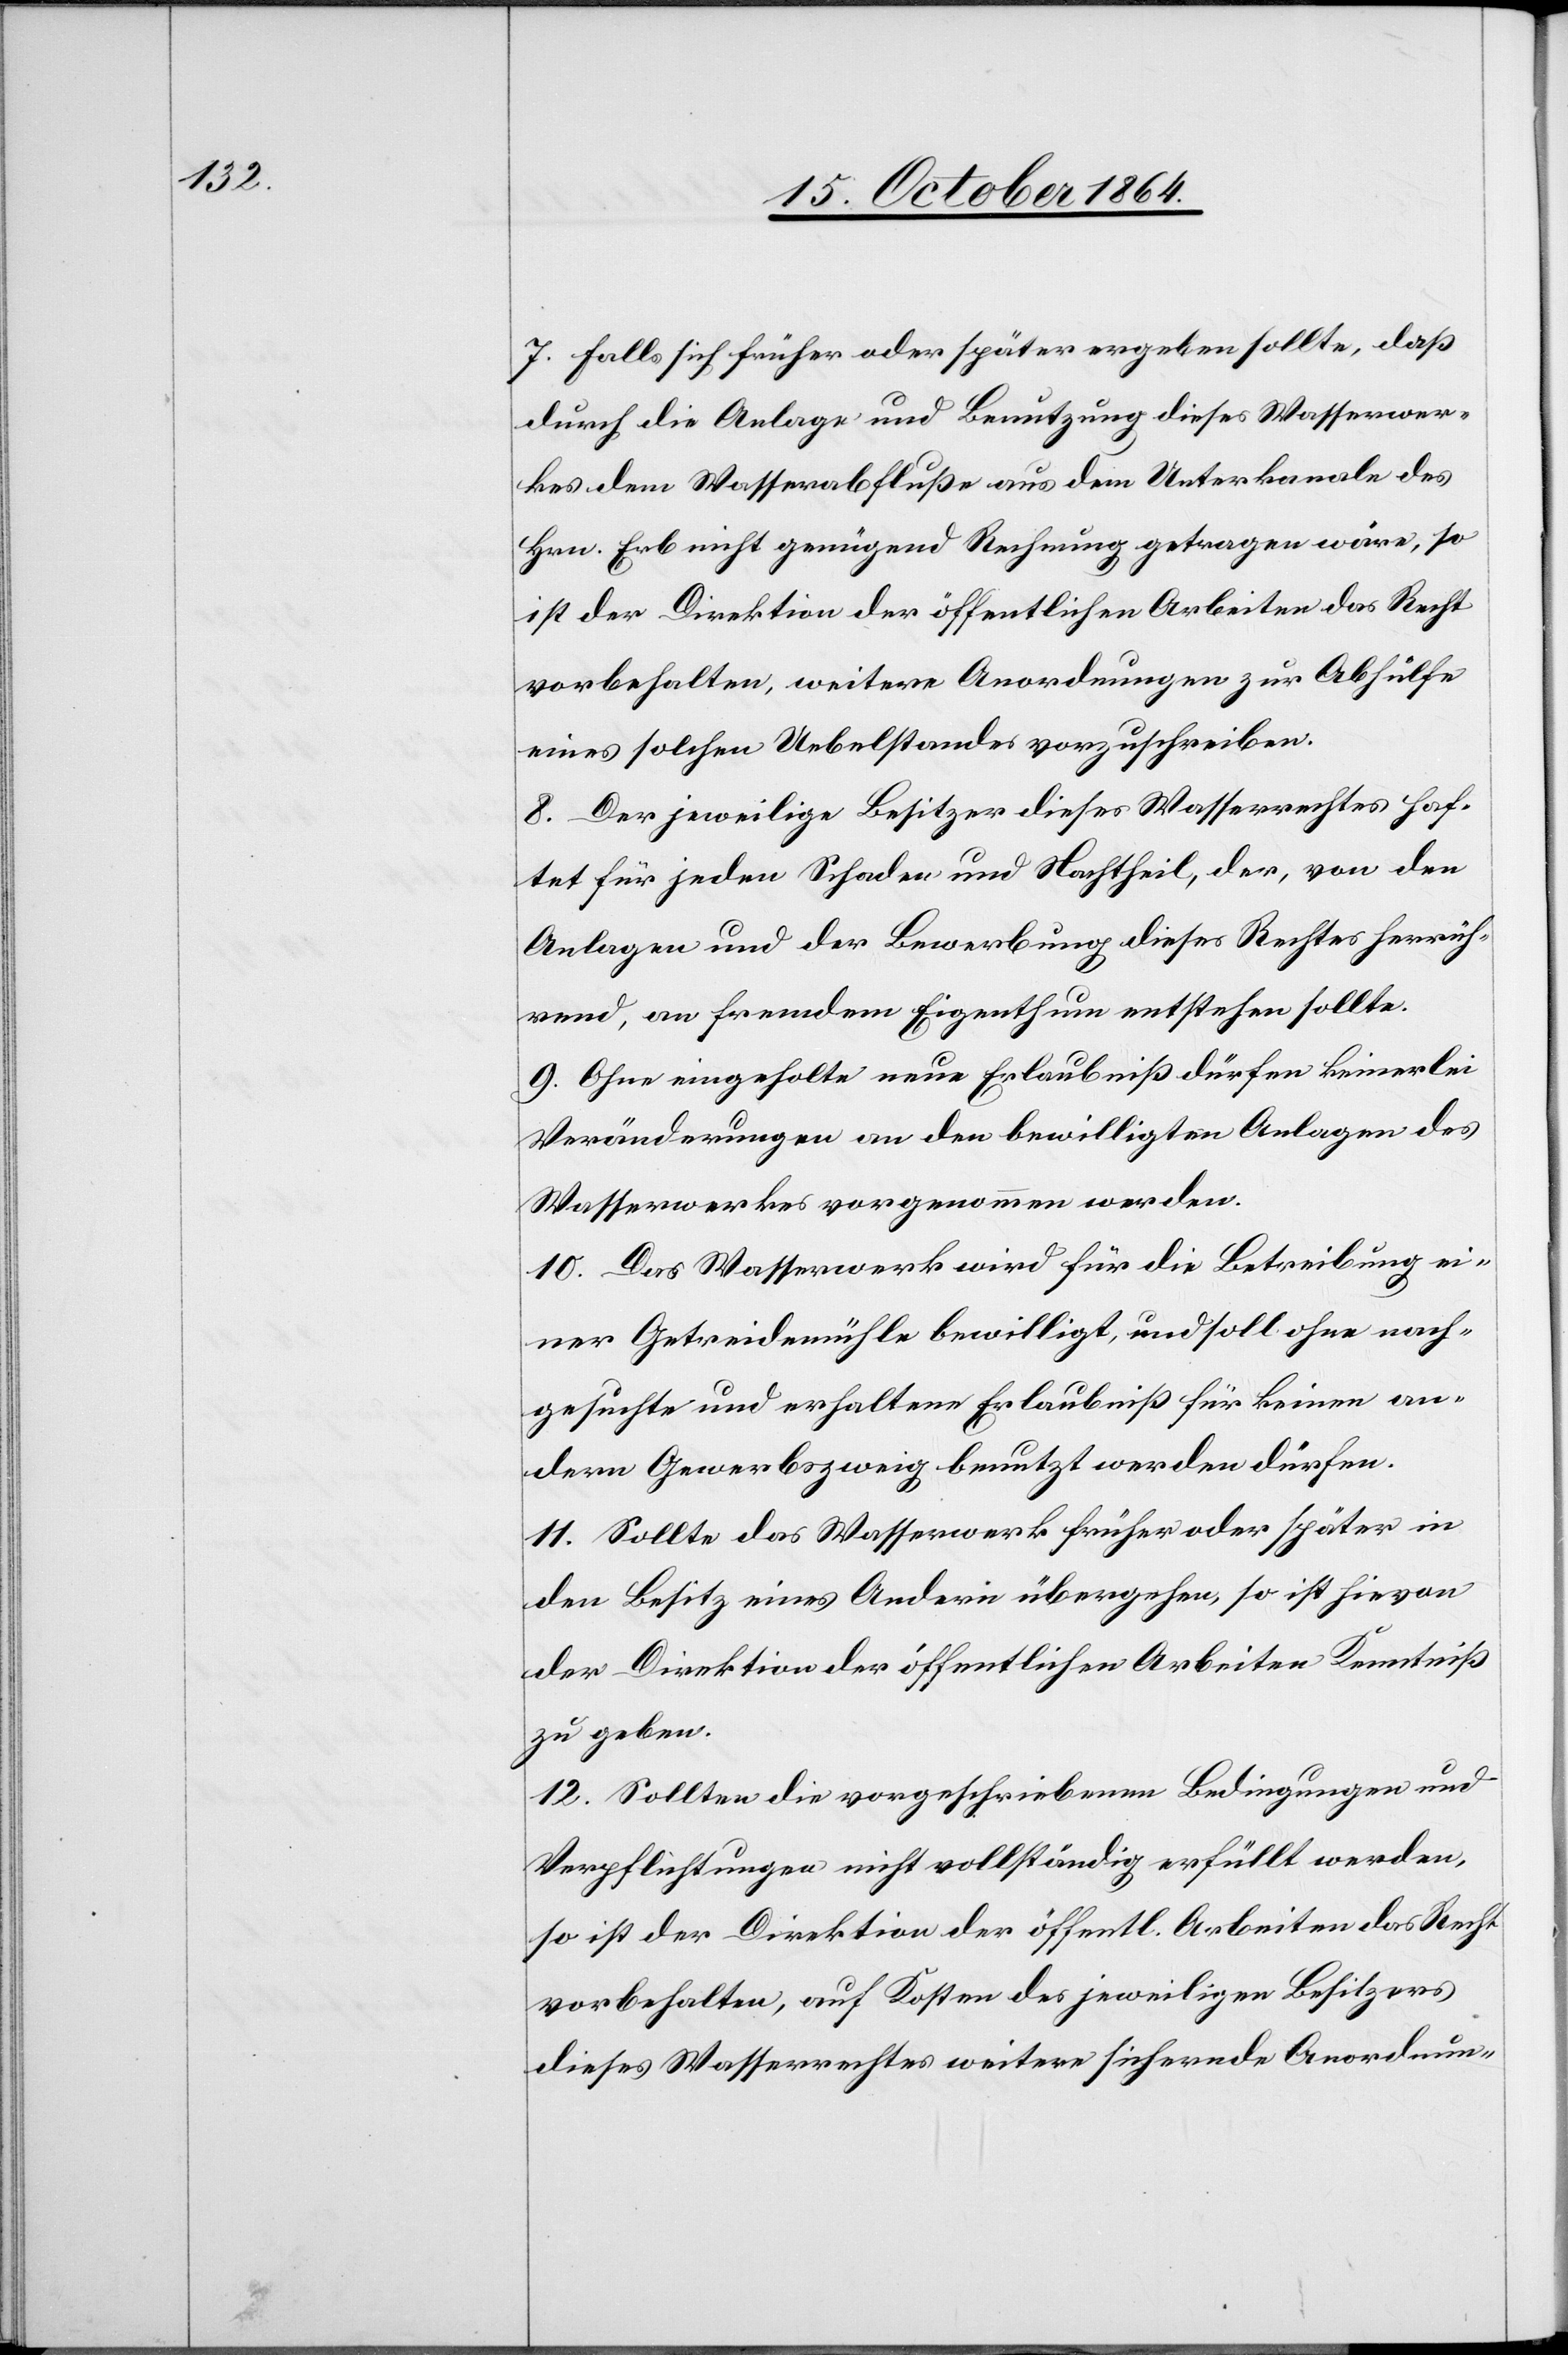
7. Falls sich früher oder später ergeben sollte, daß
durch die Anlage und Benutzung dieses Wasserwer¬
kes dem Wasserabfluße aus dem Unterkanale des
Hrn. Erb nicht genügend Rechnung getragen wäre, so
ist der Direktion der öffentlichen Arbeiten das Recht
vorbehalten, weitere Anordnungen zur Abhülfe
eines solchen Uebelstandes vorzuschreiben.
8. Der jeweilige Besitzer dieses Wasserrechtes haf¬
tet für jeden Schaden und Nachtheil, der, von den
Anlagen und der Bewerbung dieses Rechtes herrüh¬
rend, an fremdem Eigenthum entstehen sollte.
9. Ohne eingeholte neue Erlaubniß dürfen keinerlei
Veränderungen an den bewilligten Anlagen des
Wasserwerkes vorgenommen werden.
10. Das Wasserwerk wird für die Betreibung ei¬
ner Getreidemühle bewilligt, und soll ohne nach¬
gesuchte und erhaltene Erlaubniß für keinen an¬
dern Gewerbszweig benutzt werden dürfen.
11. Sollte das Wasserwerk früher oder später in
den Besitz eines Andern übergehen, so ist hievon
der Direktion der öffentlichen Arbeiten Kenntniß
zu geben.
12. Sollten die vorgeschriebenen Bedingungen und
Verpflichtungen nicht vollständig erfüllt werden,
vorbehalten, auf Kosten des jeweiligen Besitzers
dieses Wasserrechtes weitere sichernde Anordnun-